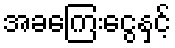
အခကြေးငွေနှင့်